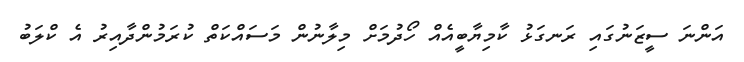
އަންނަ ސީޒަނުގައި ރަނގަޅު ކާމިޔާބީއެއް ހޯދުމަށް މިލާނުން މަސައްކަތް ކުރަމުންދާއިރު އެ ކްލަބު